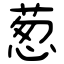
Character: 葱